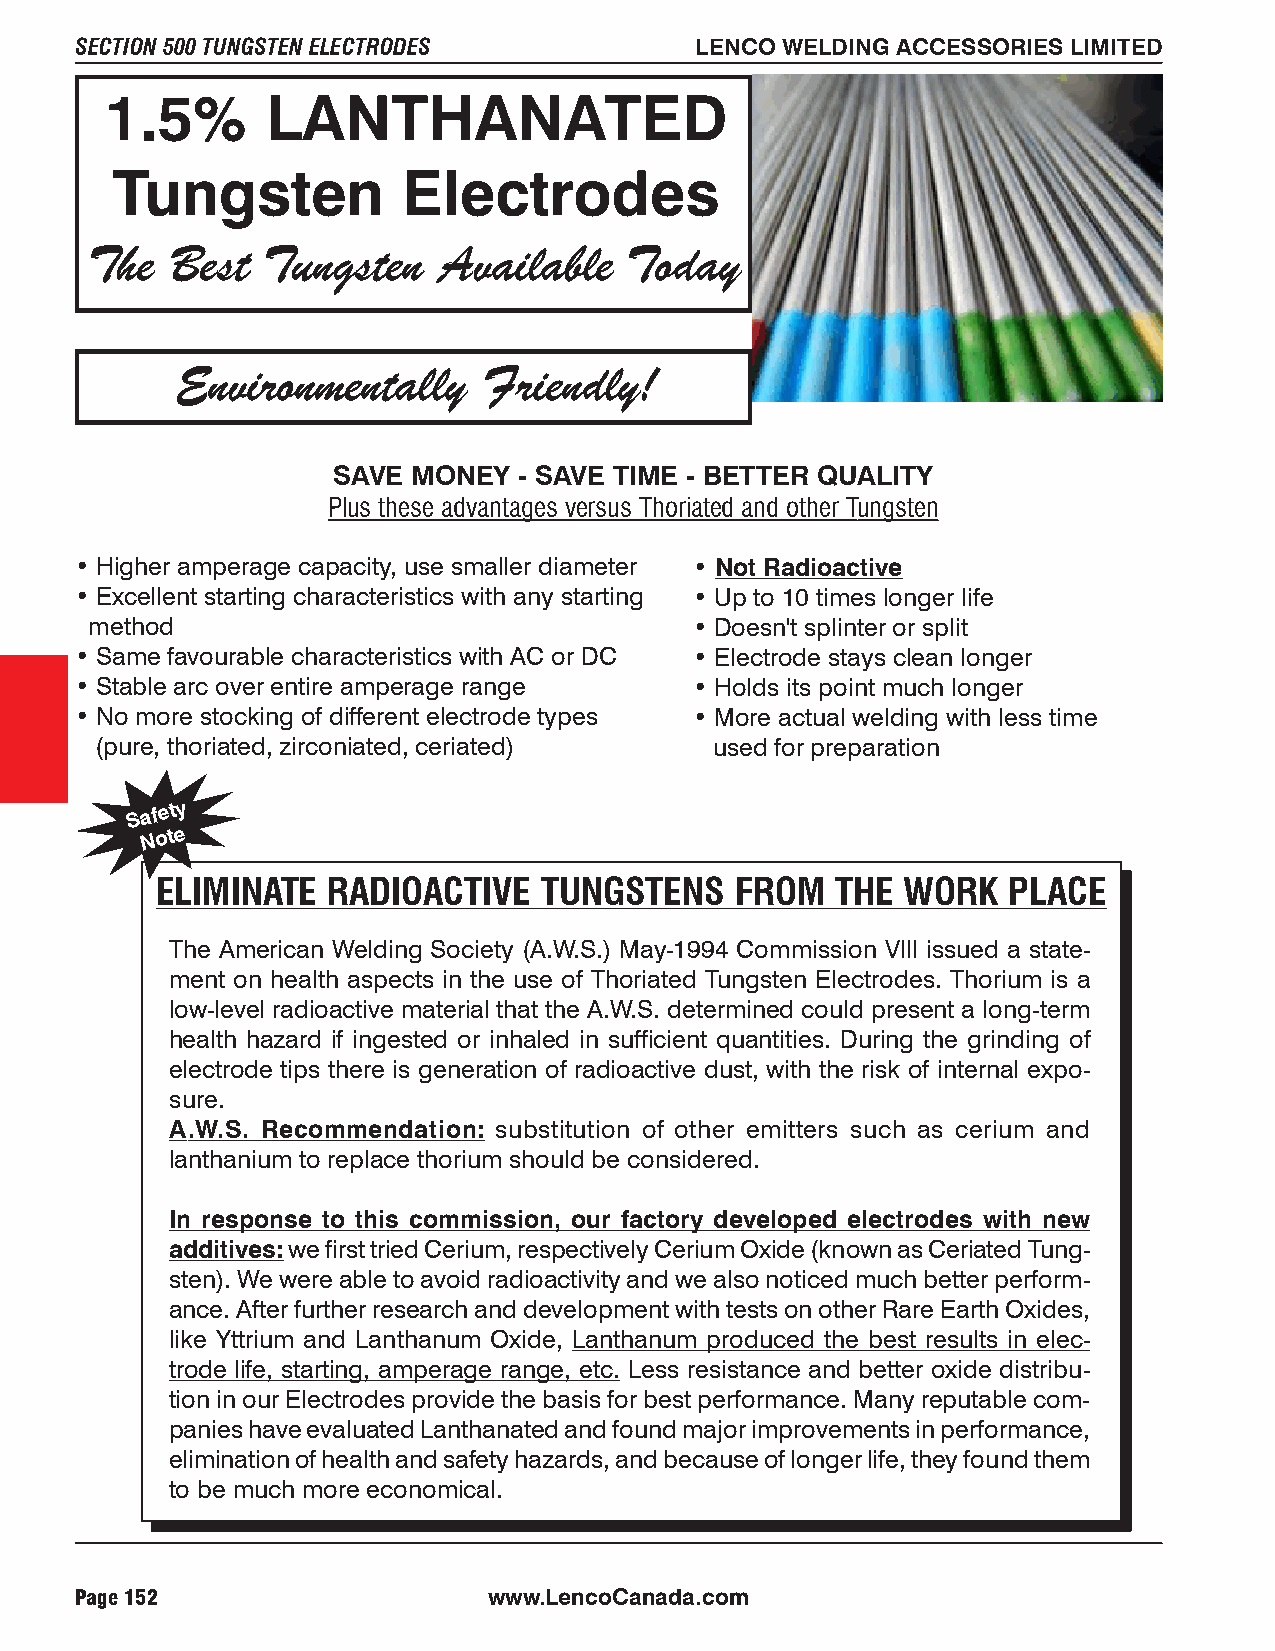
SECTION 500 TUNGSTEN ELECTRODES          LENCO WELDING ACCESSORIES LIMITED
 1.5%       LANTHANATED
 Tungsten            Electrodes
 The  Best   Tungsten   Available    Today
 Environmentally     Friendly!
 SAVE MONEY  - SAVE TIME - BETTER QUALITY
 Plus these advantages versus Thoriated and other Tungsten
 • Higher amperage capacity, use smaller diameter • Not Radioactive
 • Excellent starting characteristics with any starting • Up to 10 times longer life
 method                                  • Doesn't splinter or split
 • Same favourable characteristics with AC or DC • Electrode stays clean longer
 • Stable arc over entire amperage range  • Holds its point much longer
 • No more stocking of different electrode types • More actual welding with less time
 (pure, thoriated, zirconiated, ceriated) used for preparation
 Safety
 Note
 ELIMINATE   RADIOACTIVE   TUNGSTENS    FROM  THE  WORK   PLACE
 The American Welding Society (A.W.S.) May-1994 Commission VIII issued a state-
 ment on health aspects in the use of Thoriated Tungsten Electrodes. Thorium is a
 low-level radioactive material that the A.W.S. determined could present a long-term
 health hazard if ingested or inhaled in sufficient quantities. During the grinding of
 electrode tips there is generation of radioactive dust, with the risk of internal expo-
 sure.
 A.W.S. Recommendation: substitution of other emitters such as cerium and
 lanthanium to replace thorium should be considered.
 In response to this commission, our factory developed electrodes with new
 additives: we first tried Cerium, respectively Cerium Oxide (known as Ceriated Tung-
 sten). We were able to avoid radioactivity and we also noticed much better perform-
 ance. After further research and development with tests on other Rare Earth Oxides,
 like Yttrium and Lanthanum Oxide, Lanthanum produced the best results in elec-
 trode life, starting, amperage range, etc. Less resistance and better oxide distribu-
 tion in our Electrodes provide the basis for best performance. Many reputable com-
 panies have evaluated Lanthanated and found major improvements in performance,
 elimination of health and safety hazards, and because of longer life, they found them
 to be much more economical.
 Page 152                   www.LencoCanada.com